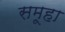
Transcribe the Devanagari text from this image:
समूहा